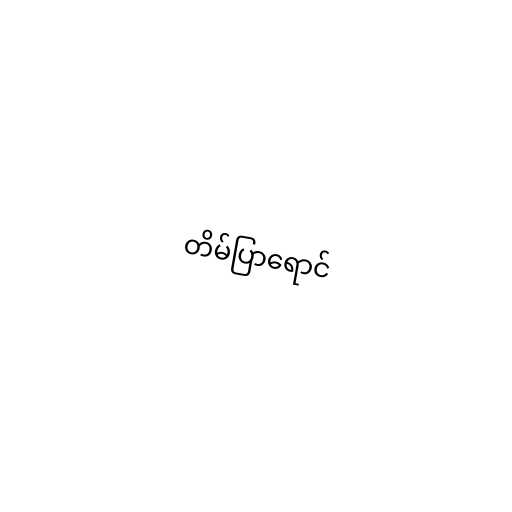
တိမ်ပြာရောင်